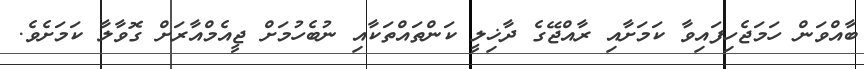
ބާއްވަން ހަމަޖެހިފައިވާ ކަމަށާއި ރާއްޖޭގެ ދާޚިލީ ކަންތައްތަކާއި ނުބެހުމަށް ޖީއެމްއާރަށް ގޮވާލާ ކަމަށެވެ.